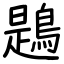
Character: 鶗